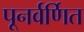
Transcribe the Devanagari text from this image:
पूनर्वर्णित